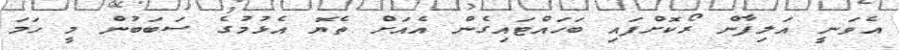
އެވަނީ އަލިފާން ރޯކޮށްފައި ބަހައްޓައިގެން އެއަށް ތެޔޮ އެޅުމުގެ ސަބަބުން މީ ހަމަ